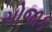
સોજાક